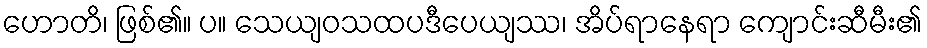
ဟောတိ၊ ဖြစ်၏။ ပ။ သေယျဝသထပဒီပေယျဿ၊ အိပ်ရာနေရာ ကျောင်းဆီမီး၏